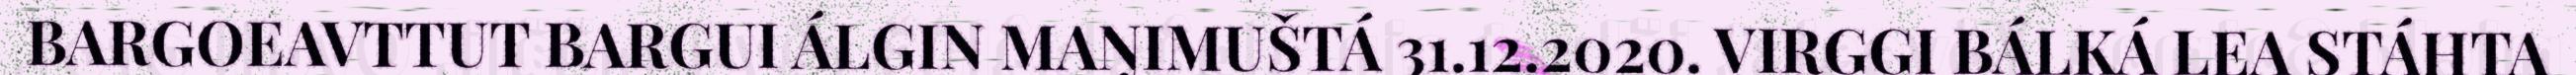
BARGOEAVTTUT BARGUI ÁLGIN MAŊIMUŠTÁ 31.12.2020. VIRGGI BÁLKÁ LEA STÁHTA